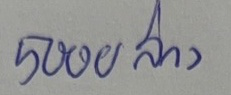
5000 ล่าง